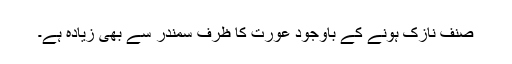
صنف نازک ہونے کے باوجود عورت کا ظرف سمندر سے بھی زیادہ ہے۔